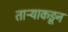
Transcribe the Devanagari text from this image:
ताऱ्याकडून